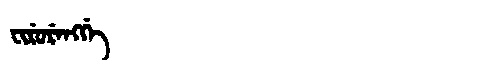
Manchu: ᠸᡳᡵᡠᡵᡝᠩᡤᡝ
Romanization: FIRURENGGE